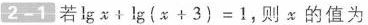
2-1 若$$\lg x + \lg ( x +3 ) = 1$$,则x的值为